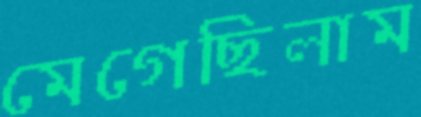
মেগেছিলাম